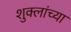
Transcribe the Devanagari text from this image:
शुक्लांच्या